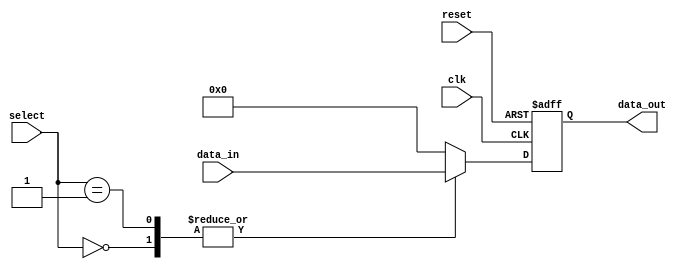
module IO_Blocks_Mux_Demux_Buffer (
    input wire clk,
    input wire reset,
    input wire [7:0] data_in,
    input wire [3:0] select,
    output wire [7:0] data_out
);

reg [7:0] buffer;

always @(posedge clk or posedge reset) begin
    if (reset) begin
        buffer <= 8'b0;
    end else begin
        case (select)
            4'b0000: buffer <= data_in;
            4'b0001: buffer <= {data_in[7], data_in[6], data_in[5], data_in[4], data_in[3], data_in[2], data_in[1], data_in[0]};
            // Add more cases for multiplexing or demultiplexing as needed
            default: buffer <= 8'b0;
        endcase
    end
end

assign data_out = buffer;

endmodule